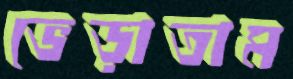
ভেড়াতাম